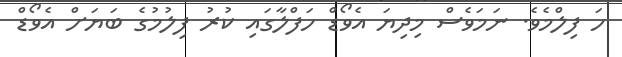
ހަ ފިލްމެވެ. ނަމަވެސް މިދިޔަ އެވޯޑް ހަފްލާގައި ކުރު ފިލުމުގެ ބަޔަށް އެވޯޑް